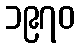
၁၉၇၀